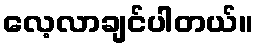
လေ့လာချင်ပါတယ်။